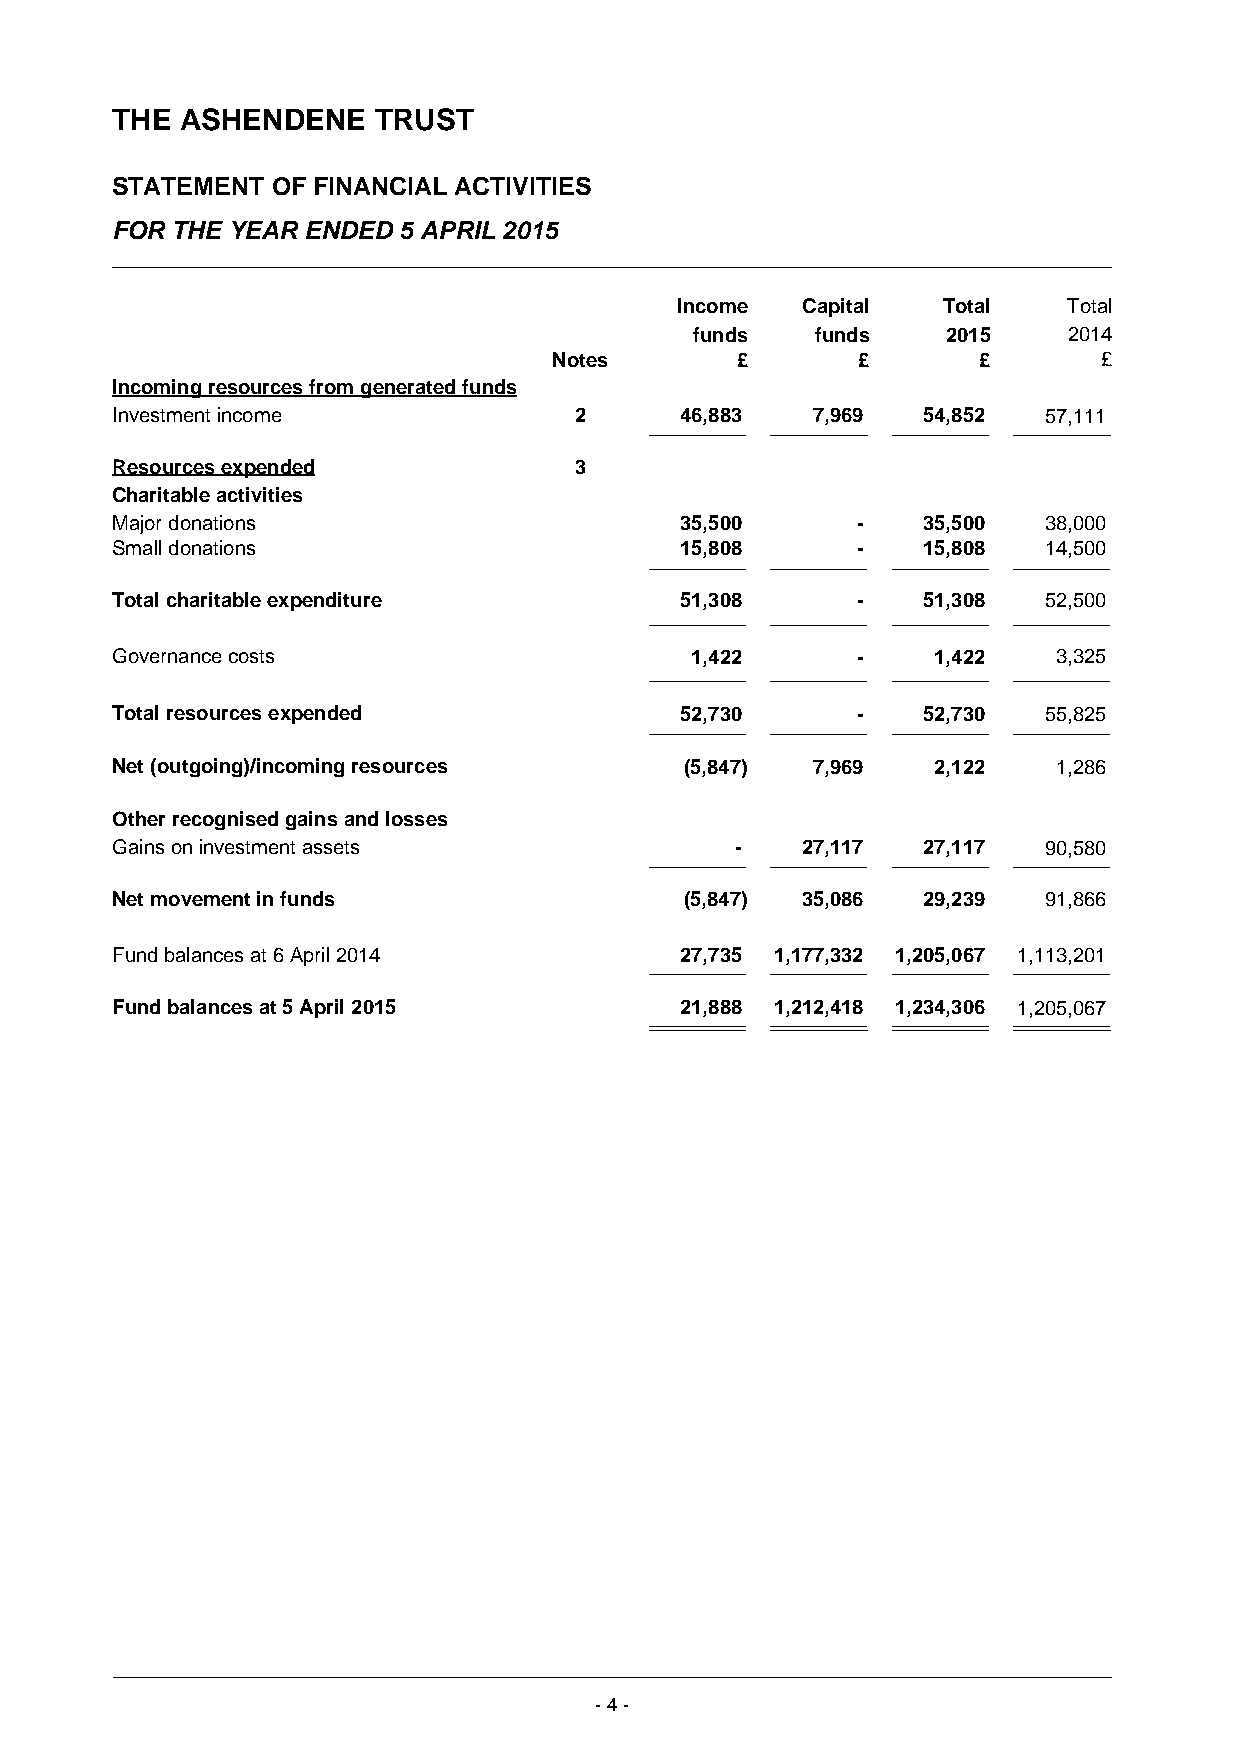
THE  ASHENDENE    TRUST
 STATEMENT  OF FINANCIAL ACTIVITIES
 FOR THE YEAR ENDED 5 APRIL 2015
 Income  Capital  Total    Total
 funds   funds    2015    2014
 Notes       £       £       £       £
 Incoming resources from generated funds
 Investment income              2      46,883   7,969  54,852  57,111
 Resources expended             3
 Charitable activities
 Major donations                       35,500      -   35,500  38,000
 Small donations                       15,808      -   15,808  14,500
 Total charitable expenditure          51,308      -   51,308  52,500
 Governance costs                       1,422      -    1,422   3,325
 Total resources expended              52,730      -   52,730  55,825
 Net (outgoing)/incoming resources     (5,847)  7,969   2,122   1,286
 Other recognised gains and losses
 Gains on investment assets                -   27,117  27,117  90,580
 Net movement in funds                 (5,847) 35,086  29,239  91,866
 Fund balances at 6 April 2014         27,735 1,177,332 1,205,067 1,113,201
 Fund balances at 5 April 2015         21,888 1,212,418 1,234,306 1,205,067
 - 4 -